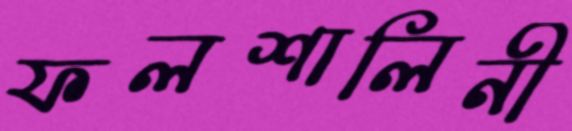
ফলশালিনী